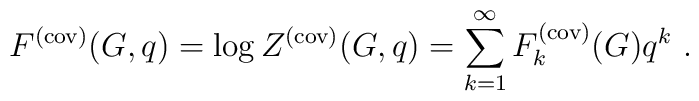
F^{(\rm cov)}(G,q) = \log Z^{(\rm cov)}(G,q) = \sum_{k=1}^{\infty}F_k^{(\rm cov)}(G) q^k~.